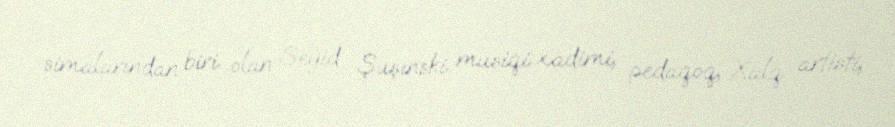
simalarından biri olan Seyid Şuşinski musiqi xadimi, pedaqoq, Xalq artisti,